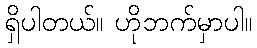
ရှိပါတယ်။ ဟိုဘက်မှာပါ။